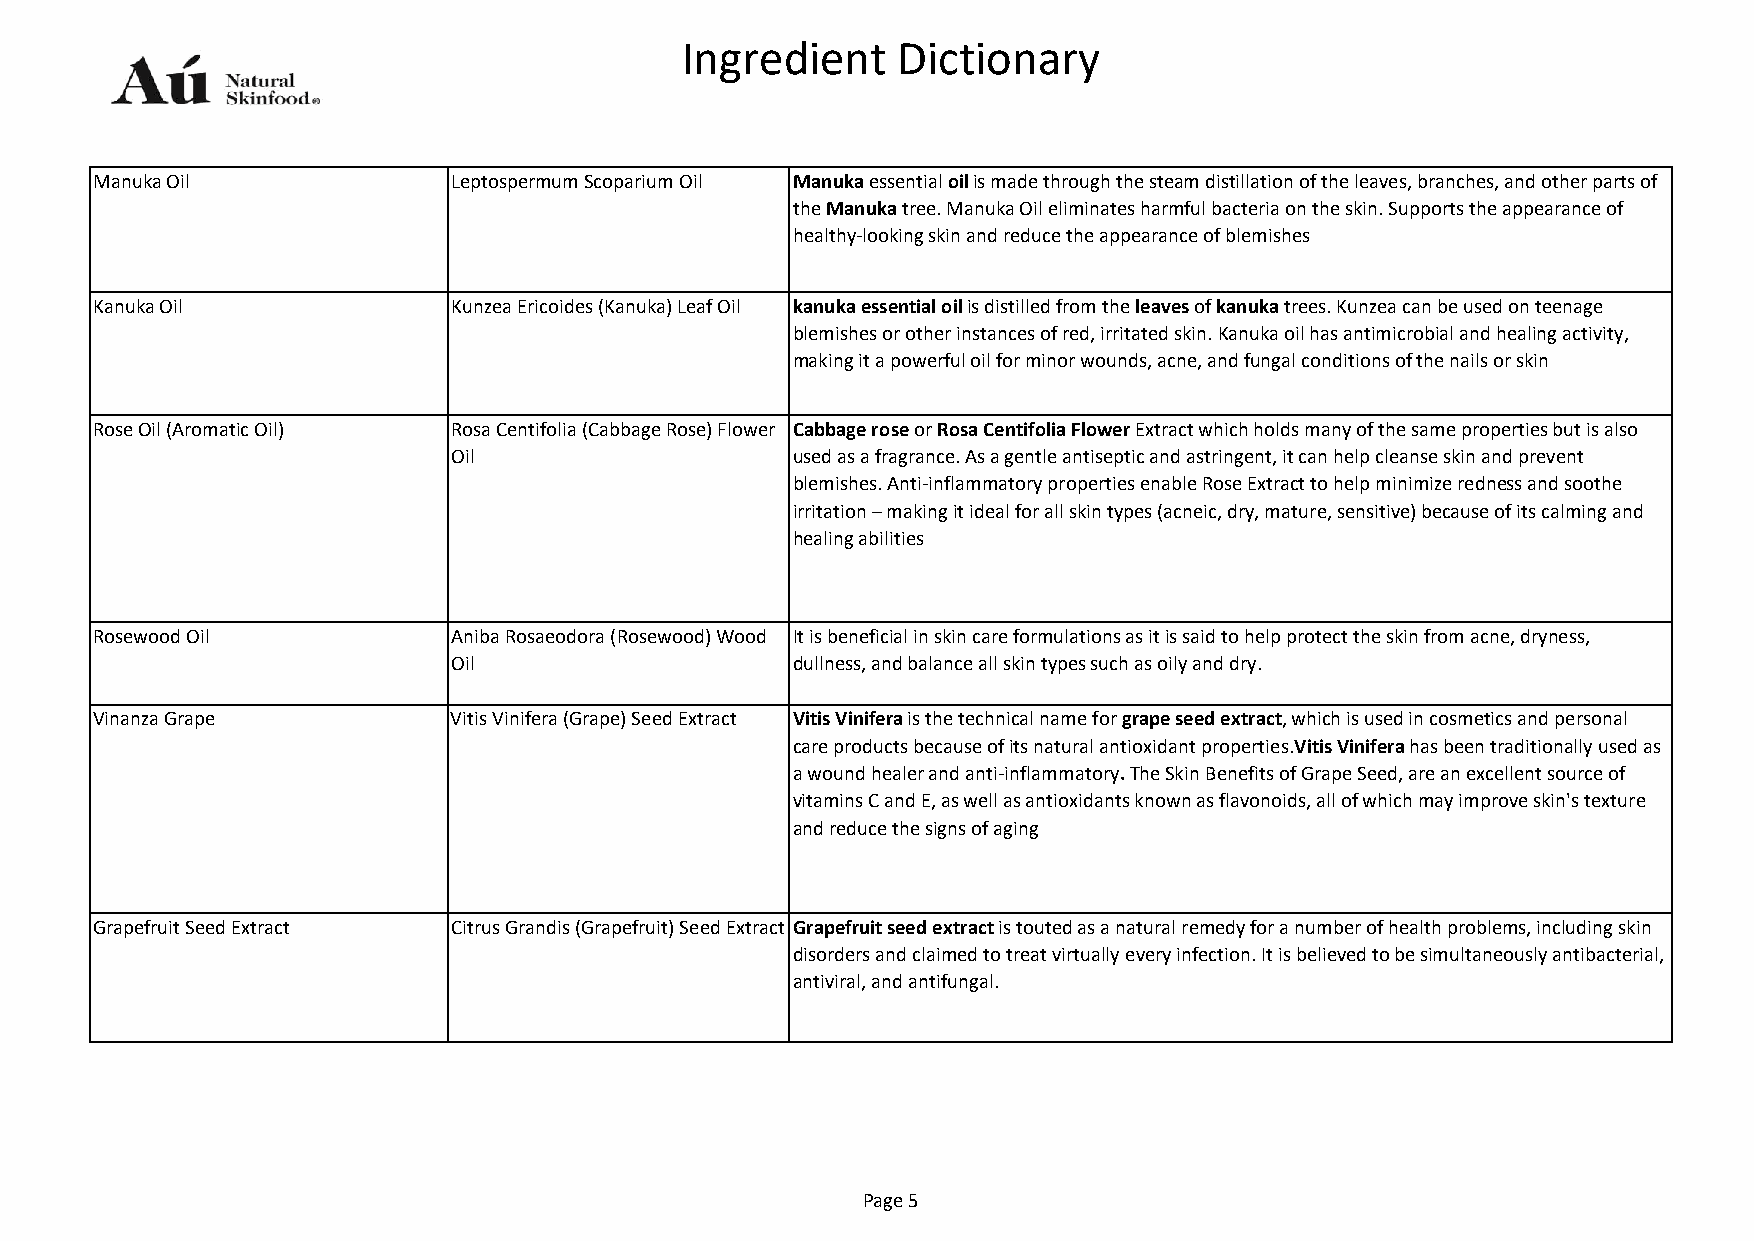
Ingredient    Dictionary
 Manuka Oil              Leptospermum Scoparium Oil Manuka essential oil is made through the steam distillation of the leaves, branches, and other parts of
 the Manuka tree. Manuka Oil eliminates harmful bacteria on the skin. Supports the appearance of
 healthy-looking skin and reduce the appearance of blemishes
 Kanuka Oil              Kunzea Ericoides (Kanuka) Leaf Oil kanuka essential oil is distilled from the leaves of kanuka trees. Kunzea can be used on teenage
 blemishes or other instances of red, irritated skin. Kanuka oil has antimicrobial and healing activity,
 making it a powerful oil for minor wounds, acne, and fungal conditions of the nails or skin
 Rose Oil (Aromatic Oil) Rosa Centifolia (Cabbage Rose) Flower Cabbage rose or Rosa Centifolia Flower Extract which holds many of the same properties but is also
 Oil                   used as a fragrance. As a gentle antiseptic and astringent, it can help cleanse skin and prevent
 blemishes. Anti-inflammatory properties enable Rose Extract to help minimize redness and soothe
 irritation – making it ideal for all skin types (acneic, dry, mature, sensitive) because of its calming and
 healing abilities
 Rosewood Oil            Aniba Rosaeodora (Rosewood) Wood It is beneficial in skin care formulations as it is said to help protect the skin from acne, dryness,
 Oil                   dullness, and balance all skin types such as oily and dry.
 Vinanza Grape           Vitis Vinifera (Grape) Seed Extract Vitis Vinifera is the technical name for grape seed extract, which is used in cosmetics and personal
 care products because of its natural antioxidant properties.Vitis Vinifera has been traditionally used as
 a wound healer and anti-inflammatory. The Skin Benefits of Grape Seed, are an excellent source of
 vitamins C and E, as well as antioxidants known as flavonoids, all of which may improve skin's texture
 and reduce the signs of aging
 Grapefruit Seed Extract Citrus Grandis (Grapefruit) Seed Extract Grapefruit seed extract is touted as a natural remedy for a number of health problems, including skin
 disorders and claimed to treat virtually every infection. It is believed to be simultaneously antibacterial,
 antiviral, and antifungal.
 Page 5